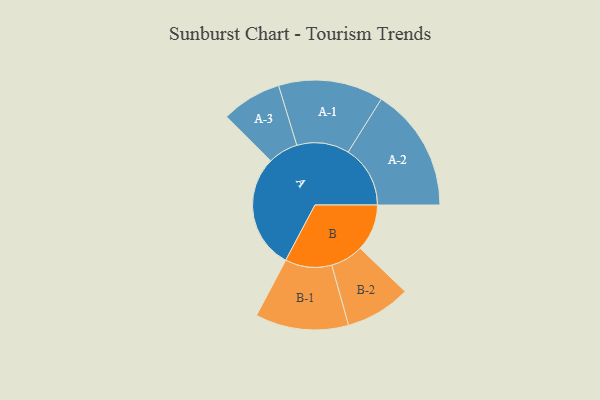
{"axis": {"x": "Segment", "y": "Value"}, "legend": ["", "A", "B"], "data": [{"x": "A", "y": 430, "type": ""}, {"x": "B", "y": 176, "type": ""}, {"x": "A-1", "y": 197, "type": "A"}, {"x": "A-2", "y": 233, "type": "A"}, {"x": "A-3", "y": 113, "type": "A"}, {"x": "B-1", "y": 175, "type": "B"}, {"x": "B-2", "y": 123, "type": "B"}]}